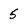
Character: 5